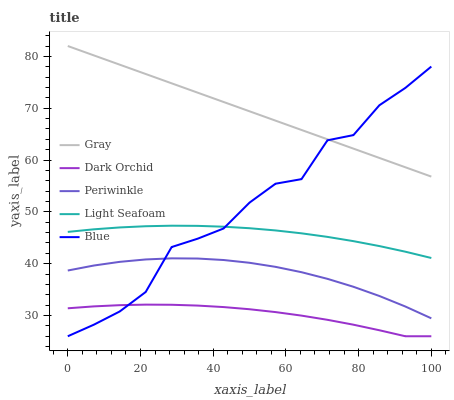
| xaxis_label | Gray | Dark Orchid | Periwinkle | Light Seafoam | Blue |
 | --- | --- | --- | --- | --- | --- |
 | 0 | 82 | 31.4 | 38.7 | 46.1 | 26 |
 | 7.14 | 80.2 | 31.8 | 39.6 | 46.6 | 28.2 |
 | 14.3 | 78.4 | 32 | 40.4 | 47 | 30.8 |
 | 21.4 | 76.6 | 32.1 | 40.8 | 47.2 | 34.5 |
 | 28.6 | 74.8 | 32.1 | 41 | 47.3 | 43.2 |
 | 35.7 | 73 | 31.9 | 41 | 47.3 | 44.8 |
 | 42.9 | 71.2 | 31.6 | 40.7 | 47.1 | 46.8 |
 | 50 | 69.4 | 31.2 | 40.2 | 46.8 | 51.8 |
 | 57.1 | 67.6 | 30.7 | 39.4 | 46.4 | 55.4 |
 | 64.3 | 65.8 | 30 | 38.4 | 45.9 | 56.3 |
 | 71.4 | 64 | 29.2 | 37.1 | 45.2 | 63.8 |
 | 78.6 | 62.2 | 28.2 | 35.5 | 44.4 | 64.8 |
 | 85.7 | 60.4 | 27.2 | 33.8 | 43.4 | 70.6 |
 | 92.9 | 58.6 | 26 | 31.7 | 42.3 | 73.9 |
 | 100 | 56.8 | 26 | 29.5 | 41.1 | 78 |